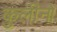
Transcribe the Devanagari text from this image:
कुलीनाें